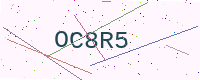
Text: OC8R5